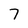
Character: 7